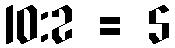
10:2 = 5